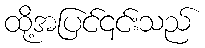
ထို့အပြင်၎င်းသည်